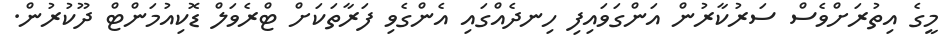
މީގެ އިތުރަށްވެސް ސަރުކާރުން އަންގަވައިފި ހިނދެއްގައި އެންގެވި ފަރާތަކަށް ޓްރެވަލް ޑޮކިއުމަންޓް ދޫކުރުން.